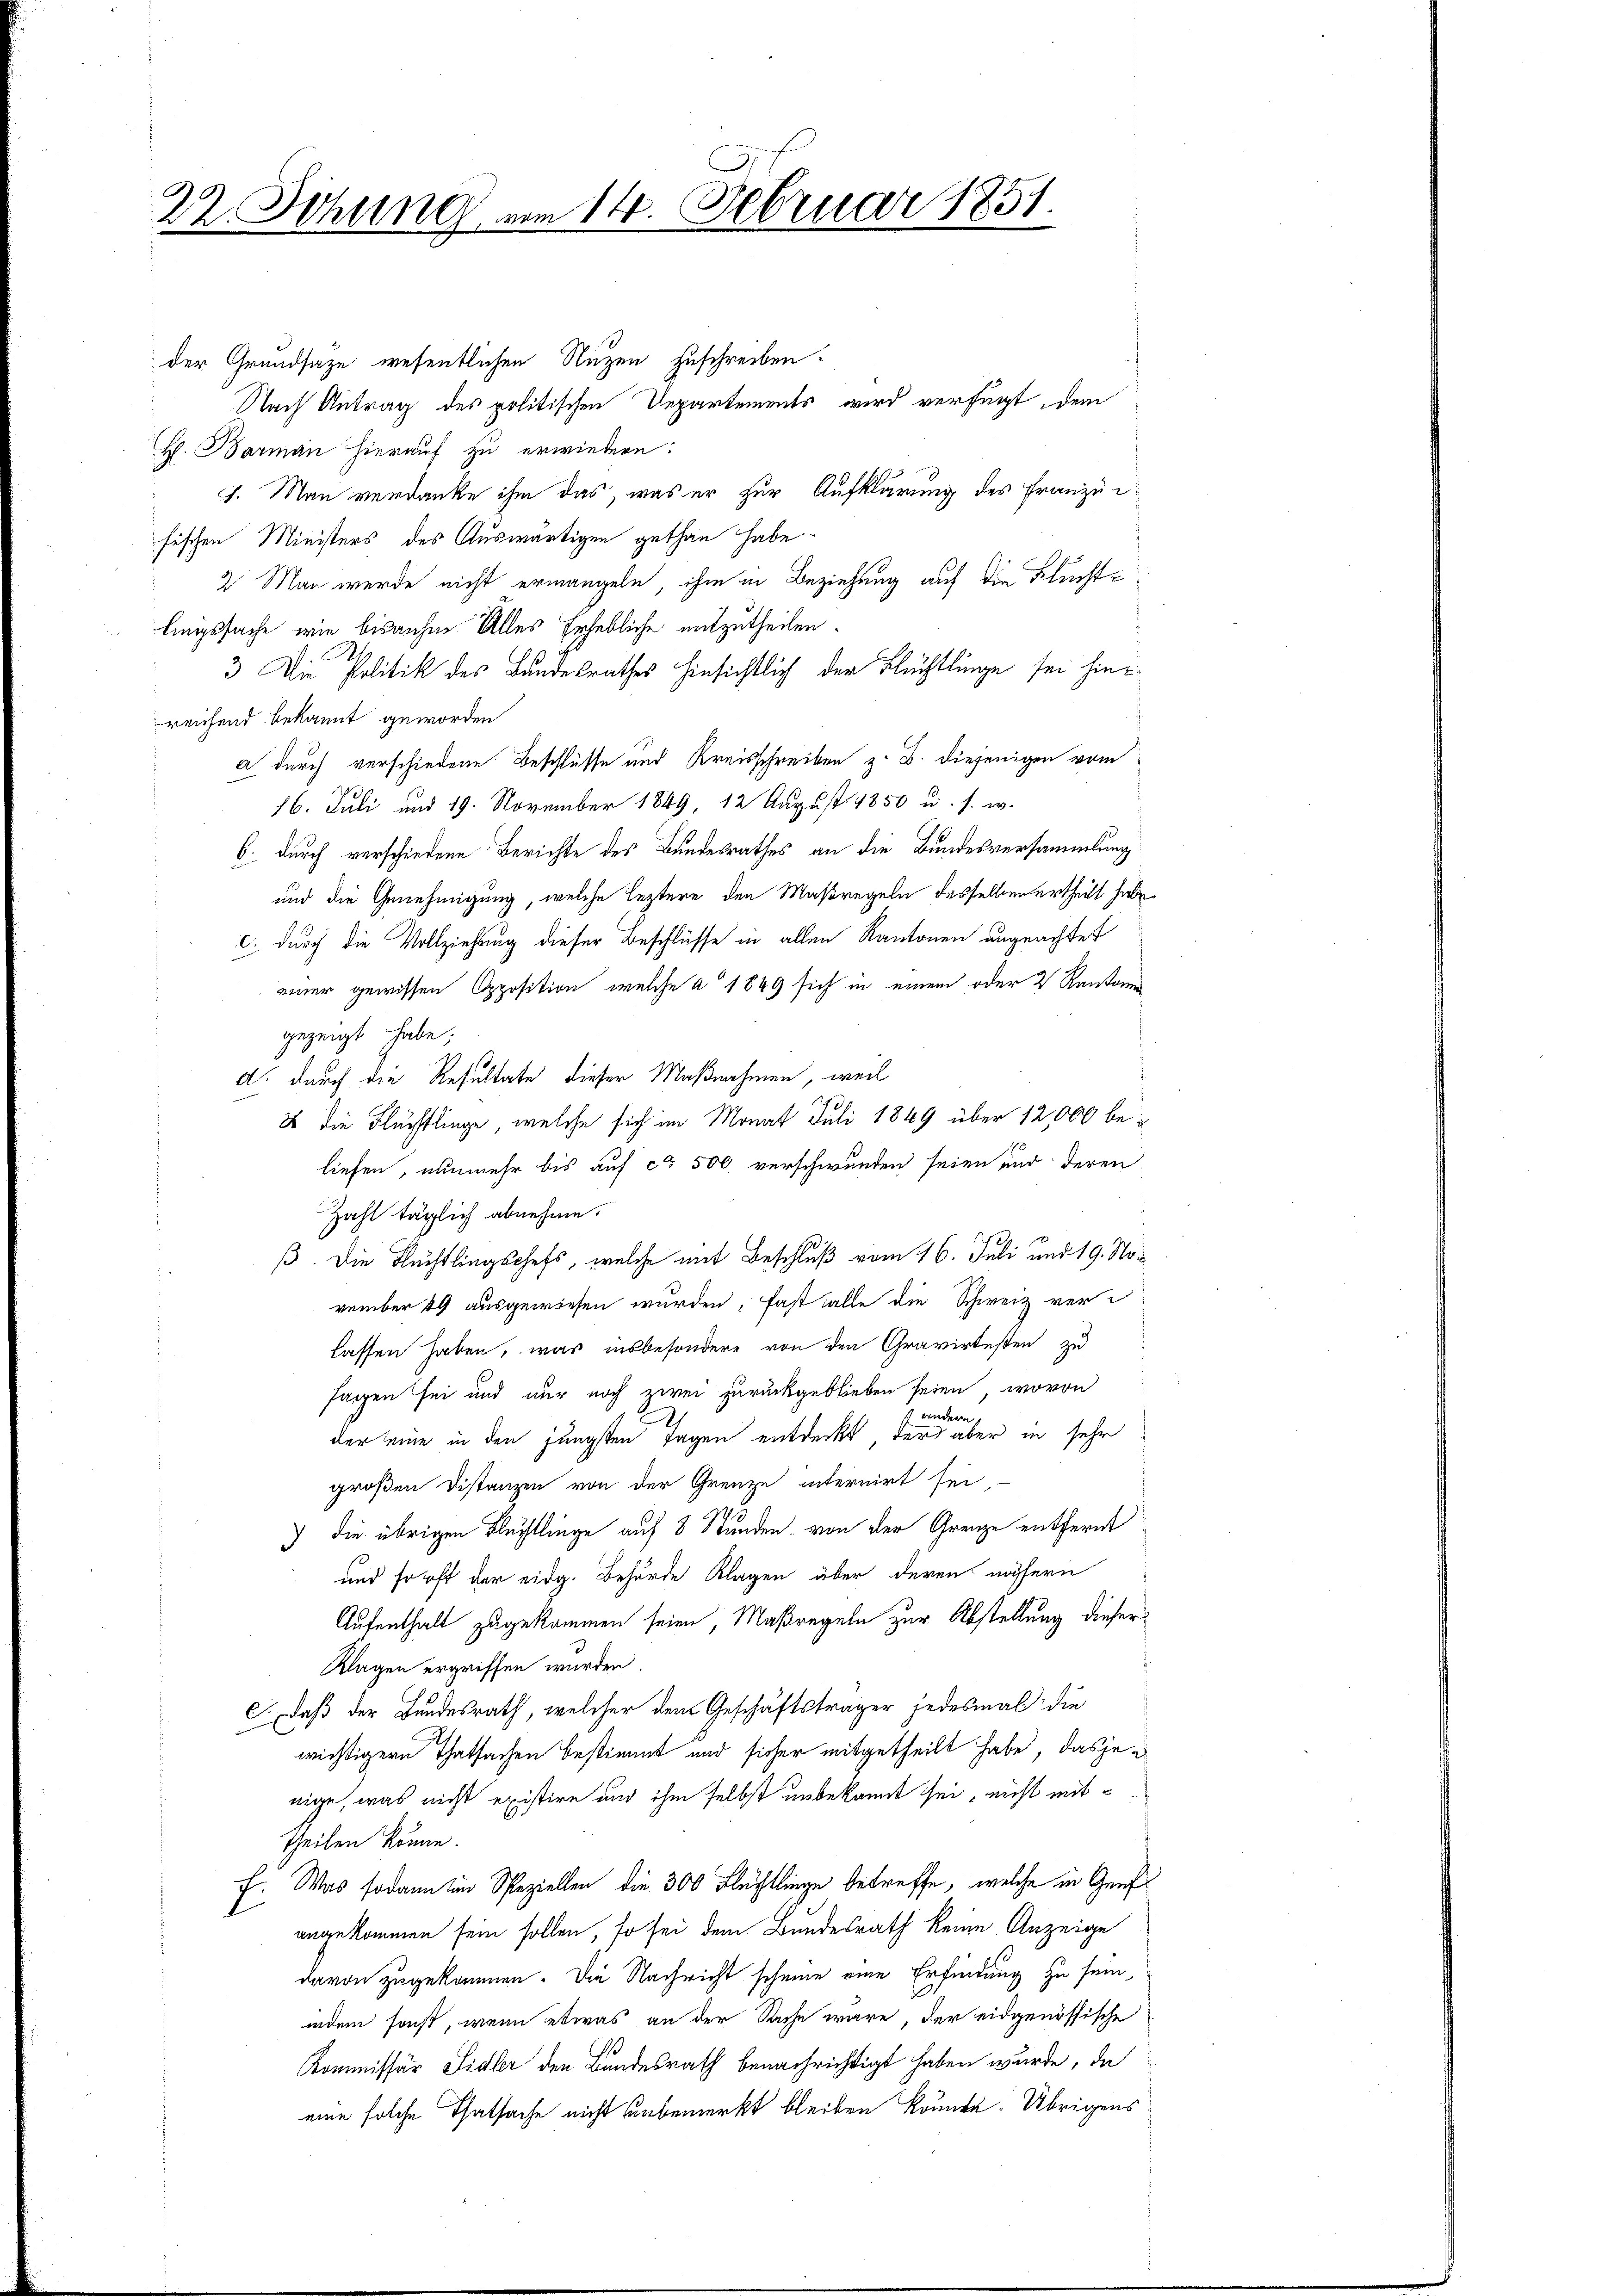
22. Sitzung vom 14. Februar 1851.

der Grundsaze wesentlichen Nuzen zuschreiben.
Nach Antrag des politischen Departements wird verfügt, dem
H. Barmann hierauf zu erwiedern:
1. Man verdanke ihm das, was er zur Aufklärung des Franzeifischen Ministers des Auswärtigen gethan habe
2 Man werde nicht ermangeln, ihm in Beziehung auf die Fluchte
lingssache wie bisanhin Alles Erhebliche mitzutheilen.
3. Die Politik des Landesrathes hinsichtlich der Flüchtlinge sei hier
reichend bekannt geworden
a durch verschiedene Beschlüsse und Kreisschreiben z. B. diejenigen vom
16. Juli und 19. November 1849, 12 August 1850 u. s. w.
6. durch verschiedene Berichte des Bundesrathes an die Bundesversammlung
und die Genehmigung, welche leztere den Maßregeln desselben ertheilt habe
c. durch die Vollziehung dieser Beschlüsse in allen Kantonen ungeachtet
einer gewissen Opposition, welche a 1849 sich in einem oder 2 Kantonen
gezeigt habe;
A. durch die Resultate dieser Maßnahmen, weil
3 die Flüchtlinge, welche sich im Monat Juli 1849 über 12,000 beliefen, nunmehr bis auf ca 500 verschwunden seien und deren
Zahl täglich abnehme.
ß. Die Flüchtlingschefs, welche mit Beschluß vom 16. Juli und 19. November 49 ausgewiesen wurden, fast falle die Schweiz verlassen haben, was insbesondere von den Gravirtesten zu
sagen sei und nur noch zwei zurückgeblieben seien, wovon
 ei
d
der eine in den jüngsten Tagen entdeckt, der aber in sehr
großen Distanzen von der Grenze internirt sei,
) die übrigen Flüchtlinge auf 8 Stunden von der Grenze entfernt
und so oft der eidg. Behörde Klagen über deren nähern
Aufenthalt zugekommen seien, Maßregeln zur Abstellung dieser
Klagen ergriffen wurden.
c. Daß der Bundesrath, welcher dem Geschäftsträger jedesmal die
wichtigern Thatsachen bestimmt und sicher mitgetheilt habe, dasjenige, was nicht existire und ihm selbst unbekannt sei, nicht mittheilen könne.
f. Was sodann in Speziellen die 300 Flüchtlinge betreffe, welche in Genfangekommen sein sollen, so sei dem Bundesrath keine Anzeige
davon zugekommen. Die Nachricht scheine eine Erfindung zu sein,
indem sonst, wenn etwas an der Sache wäre, der eidgenössische
Kommissär Sidler den Bundesrath benachrichtigt haben wurde, da
eine solche Thatsache nicht unbemerkt bleiben könnte. Übrigens